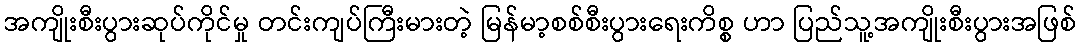
အကျိုးစီးပွားဆုပ်ကိုင်မှု တင်းကျပ်ကြီးမားတဲ့ မြန်မာ့စစ်စီးပွားရေးကိစ္စ ဟာ ပြည်သူ့အကျိုးစီးပွားအဖြစ်